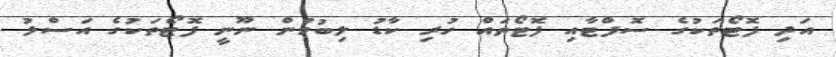
އަދި ފޮޓޯތަކުގެ ސޮފްޓާއި ފޮޓޯތައް ހުރި ކާޑު ލިބުމުން ނޫނީ ފޮޓޯތަކުގެ އަސްލު